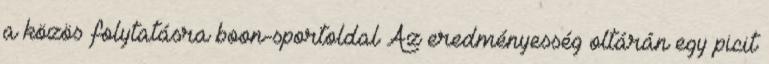
a közös folytatásra boon-sportoldal Az eredményesség oltárán egy picit